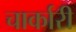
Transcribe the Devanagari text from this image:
चार्कारी